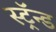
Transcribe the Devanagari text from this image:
स्ट्रॅन्ड